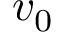
v _ { 0 }